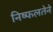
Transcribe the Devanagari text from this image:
निष्फलतेने